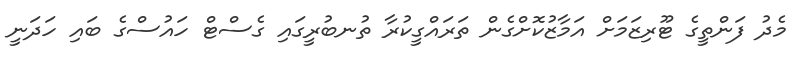
މެދު ފަންތީގެ ޓޫރިޒަމަށް އަމާޒުކޮށްގެން ތަރައްގީކުރާ ތުނބުރީގައި ގެސްޓް ހައުސްގެ ބައި ހަދަނީ